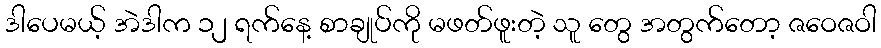
ဒါပေမယ့် အဲဒါက ၁၂ ရက်နေ့ စာချုပ်ကို မဖတ်ဖူးတဲ့ သူ တွေ အတွက်တော့ ဇဝေဇဝါ